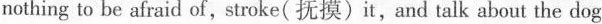
nothing to be afraid of,stroke(抚摸)it,and talk about the dog